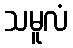
သမူလံ